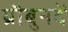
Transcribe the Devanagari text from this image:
ग्रौबुनदें